Vaccination in Bombay 1913-1923 - 1913-1923
Year: 1913
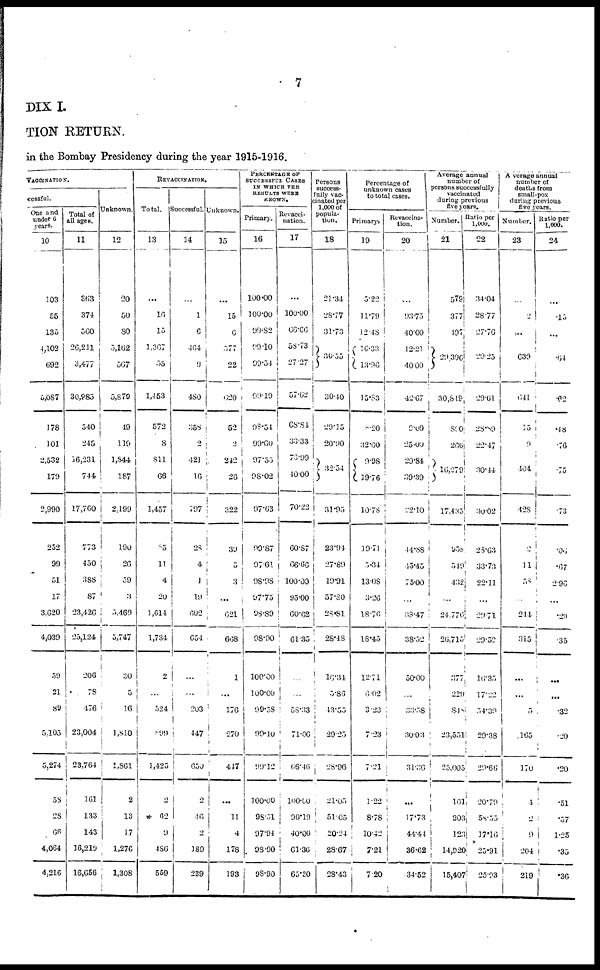
7
DIX I.
TION RETURN.
in the Bombay Presidency during the year 1915-1916.
VACCINATION.
cessful.
One and
under 6
years.
10
103
55
135
4,102
692
5,087
178
101
2,532
179
2,990
252
99
51
17
3,620
4,039
59
21
89
5,105
5,274
58
28
66
4,064
4,216
Total of
all ages.
11
363
374
560
26,211
3,477
30,985
540
245
16,231
744
17,760
773
450
388
87
23,426
25,124
206
78
476
23,004
23,764
161
133
143
16,219
16,656
Unknown.
12
20
50
80
5,162
567
5,879
49
119
1,844
187
2,199
190
26
59
3
5,469
5,747
30
5
16
1,810
1,861
2
13
17
1,276
1,308
REVACCINATION.
Total.
13
...
10
15
1,367
55
1,453
572
8
811
66
1,457
85
11
4
20
1,614
1,734
2
...
524
895
1,425
2
62
9
486
559
Successful.
14
...
1
6
464
9
480
358
2
421
16
797
28
4
1
19
602
654
...
...
203
447
650
2
46
2
189
239
Unknown.
15
...
15
6
577
22
620
52
2
242
26
322
39
5
3
...
621
668
1
...
176
270
417
...
11
4
178
193
PERCENTAGE OF
SUCCESSFUL CASES
IN WHICH THIS
RESULTS WERE
KNOWN.
Primary.
16
100.00
100.00
99.82
99.10
99.54
99.19
98.54
99.60
97.55
98.02
97.63
99.87
97.61
98.98
97.75
98.89
98.90
100.00
100.00
99.58
99.10
99.12
100.00
98.51
97.94
93.90
98.90
Revacci¬
nation.
17
...
100.00
66.66
58.73
27.27
57.62
68.84
33.33
70.99
40.00
70.22
60.87
66.66
100.00
95.00
60.62
61.35
...
55.33
71.06
66.46
100.00
90.19
40.00
61.36
65.30
Persons
success-
fully vac¬
cinated per
1,000 of
popula-
tion.
18
21.34
28.77
31.73
30.55
30.40
29.15
20.90
32.54
31.95
23.94
27.89
19.91
57.80
28.81
28.48
16.34
5.86
43.55
29.25
28.96
21.05
51.05
20.24
28.67
28.43
Percentage of
unknown cases
to total cases.
Primary.
19
5.22
11.79
12.48
16.33
13.96
15.83
8.20
32.60
9.98
19.76
10.78
19.71
5.34
13.08
3.26
18.76
18.45
12.71
6.02
3.23
7.23
7.21
1.22
8.78
10.42
7.21
7.20
Revaccina¬
tion.
20
...
93.75
40.00
42.21
40.00
42.67
9.09
25.00
29.84
39.39
22.10
44.88
45.45
75.00
...
38.47
38.52
50.00
...
33.58
30.03
31.36
...
17.73
44.44
36.62
34.52
Average annual
number of
persons successfully
vaccinated
during previous
five years.
Number.
21
579
377
497
29,396
30,849
890
266
16,279
17,435
958
549
432
...
24,776
26,715
377
229
8.48
23,551
23,005
161
203
123
14,920
15,407
Ratio per
1,000.
22
34.04
28.77
27.76
29.25
29.61
28.89
22.47
30.44
30.02
28.63
33.73
22.11
...
29.71
29.52
16.35
17.22
54.39
29.38
29.66
20.79
58.55
17.16
25.91
25.93
Average annual
number of
deaths from
small-pox
during previous
five years.
Number.
23
...
2
...
639
641
15
9
404
428
2
11
58
...
244
315
...
...
5
165
170
4
2
9
204
219
Ratio per
1,000.
24
...
.15
...
.64
.42
.48
.76
.75
73
.06
.67
2.96
...
.29
.35
...
...
.32
.20
.20
.51
.57
1.25
.35
. 36